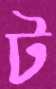
ট